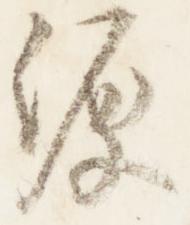
源